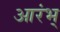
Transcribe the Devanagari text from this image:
आरंभ्